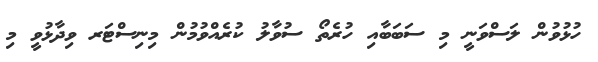
ހުޅުވުން ލަސްވަނީ މި ސަބަބާއި ހުރެތޯ ސުވާލު ކުރެއްވުމުން މިނިސްޓަރ ވިދާޅުވީ މި